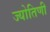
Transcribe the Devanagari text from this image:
ज्योतिणी